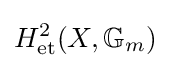
H_{\text{et}}^{2}(X,\mathbb {G} _{m})